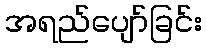
အရည်ပျော်ခြင်း